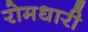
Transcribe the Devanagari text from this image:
रोमधारी